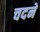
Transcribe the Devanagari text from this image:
चदने